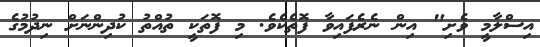
އިސްލާމީ ވެށި" އިން ނެރެފައިވާ ފޮތެކެވެ. މި ފޮތަކީ ތުއްތު ކުދިންނަށް ނިދުމުގެ